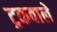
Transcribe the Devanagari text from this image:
ट्रकवाले